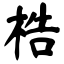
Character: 梏